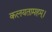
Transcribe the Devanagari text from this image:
कलयतामहम्।